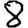
Digit: 8